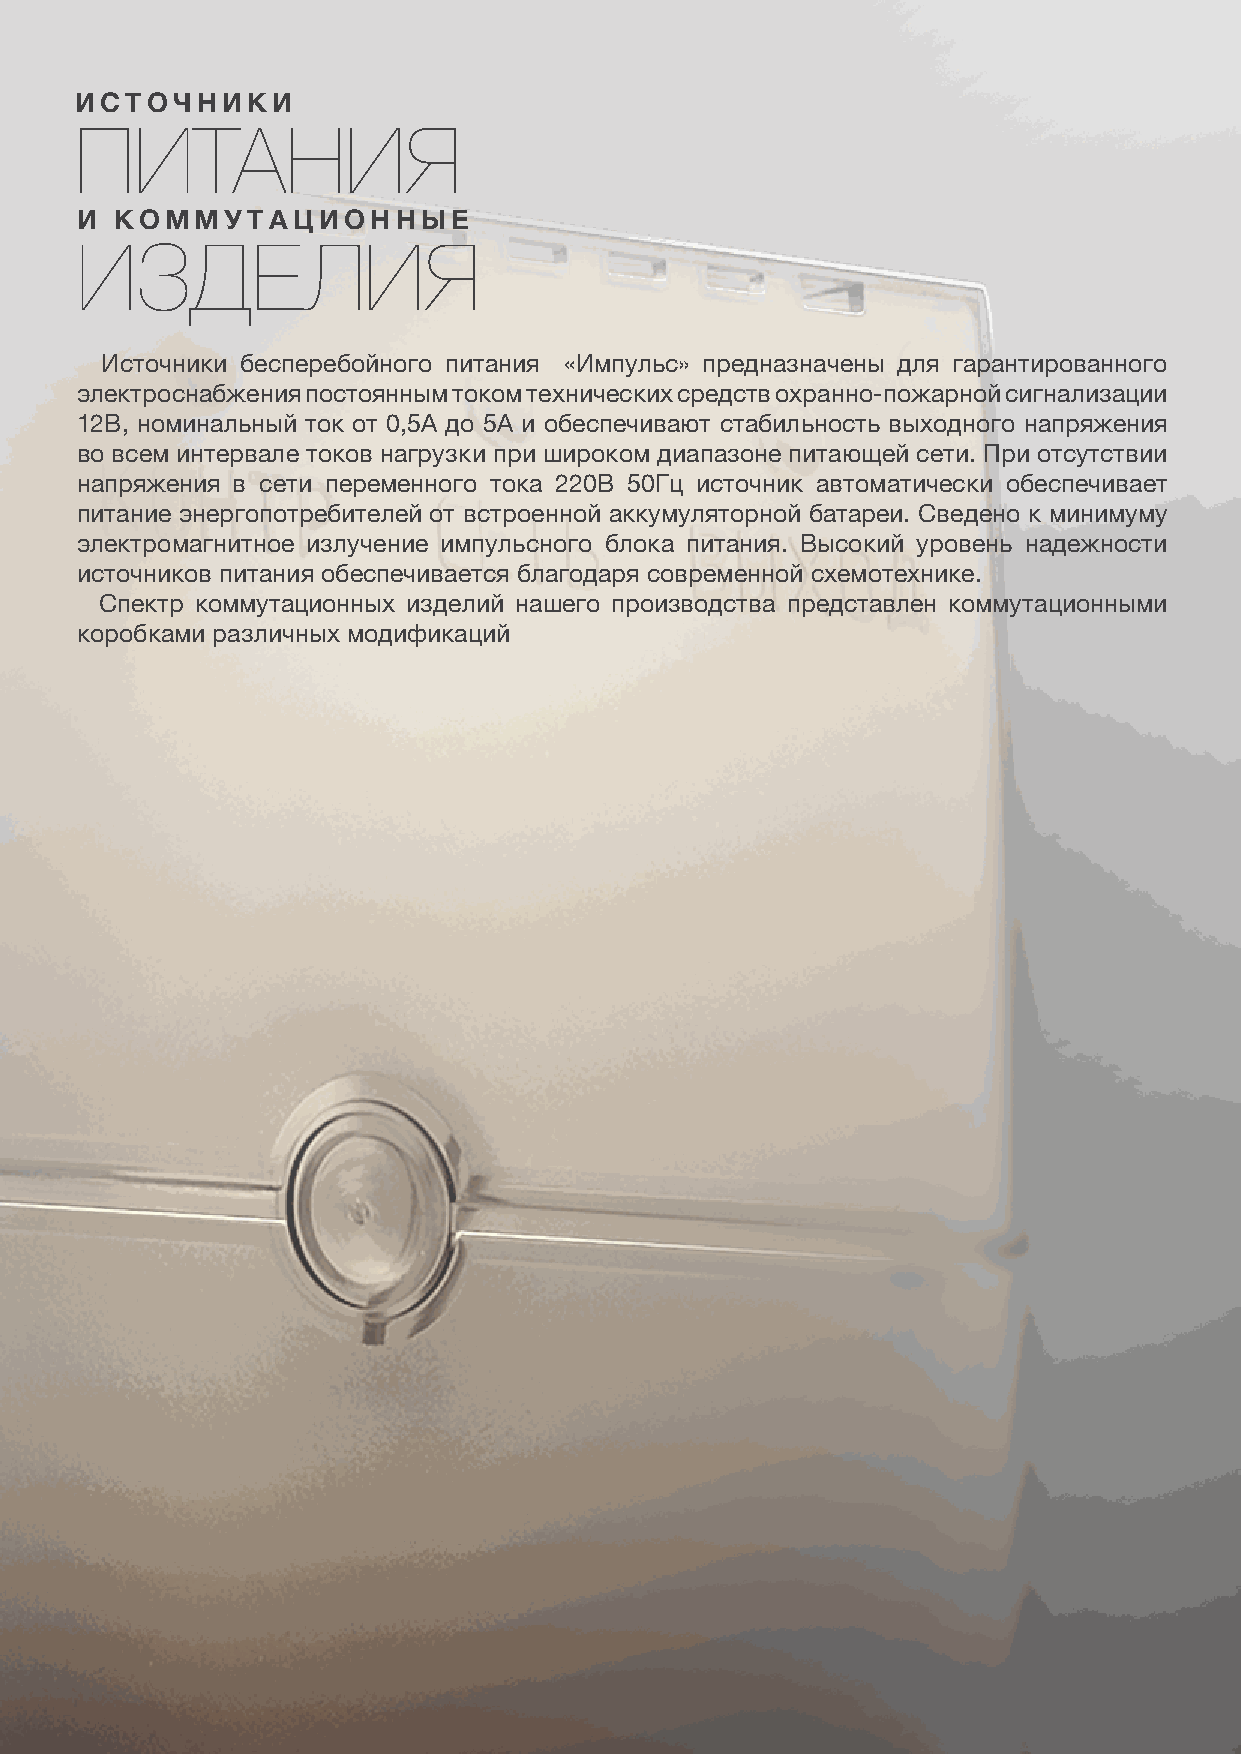
ИСТОЧНИКИ
 ПИТАНИЯ
 И  КОММУТАЦИОННЫЕ
 ИЗДЕЛИЯ
 Источники бесперебойного питания «Импульс» предназначены для гарантированного
 электроснабжения постоянным током технических средств охранно-пожарной сигнализации
 12В, номинальный ток от 0,5А до 5А и обеспечивают стабильность выходного напряжения
 во всем интервале токов нагрузки при широком диапазоне питающей сети. При отсутствии
 напряжения в сети переменного тока 220В 50Гц источник автоматически обеспечивает
 питание энергопотребителей от встроенной аккумуляторной батареи. Сведено к минимуму
 электромагнитное излучение импульсного блока питания. Высокий уровень надежности
 источников питания обеспечивается благодаря современной схемотехнике.
 Спектр коммутационных изделий нашего производства представлен коммутационными
 коробками различных модификаций